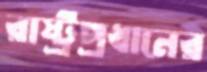
রাষ্ট্রপ্রধানের